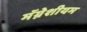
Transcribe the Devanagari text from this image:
मॅग्नेशीयम